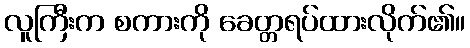
လူကြီးက စကားကို ခေတ္တရပ်ထားလိုက်၏။